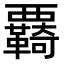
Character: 覉